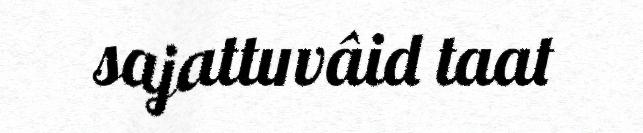
sajattuvâid taat